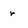
Character: r